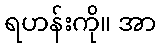
ရဟန်းကို။ အာ